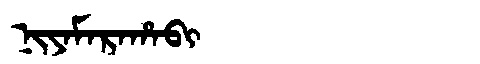
Manchu: ᠨᡳᠶᠠᠮᠠᡵᠠᡥᠠᠪᡳ
Romanization: NIYAMARAHABI